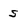
Character: s